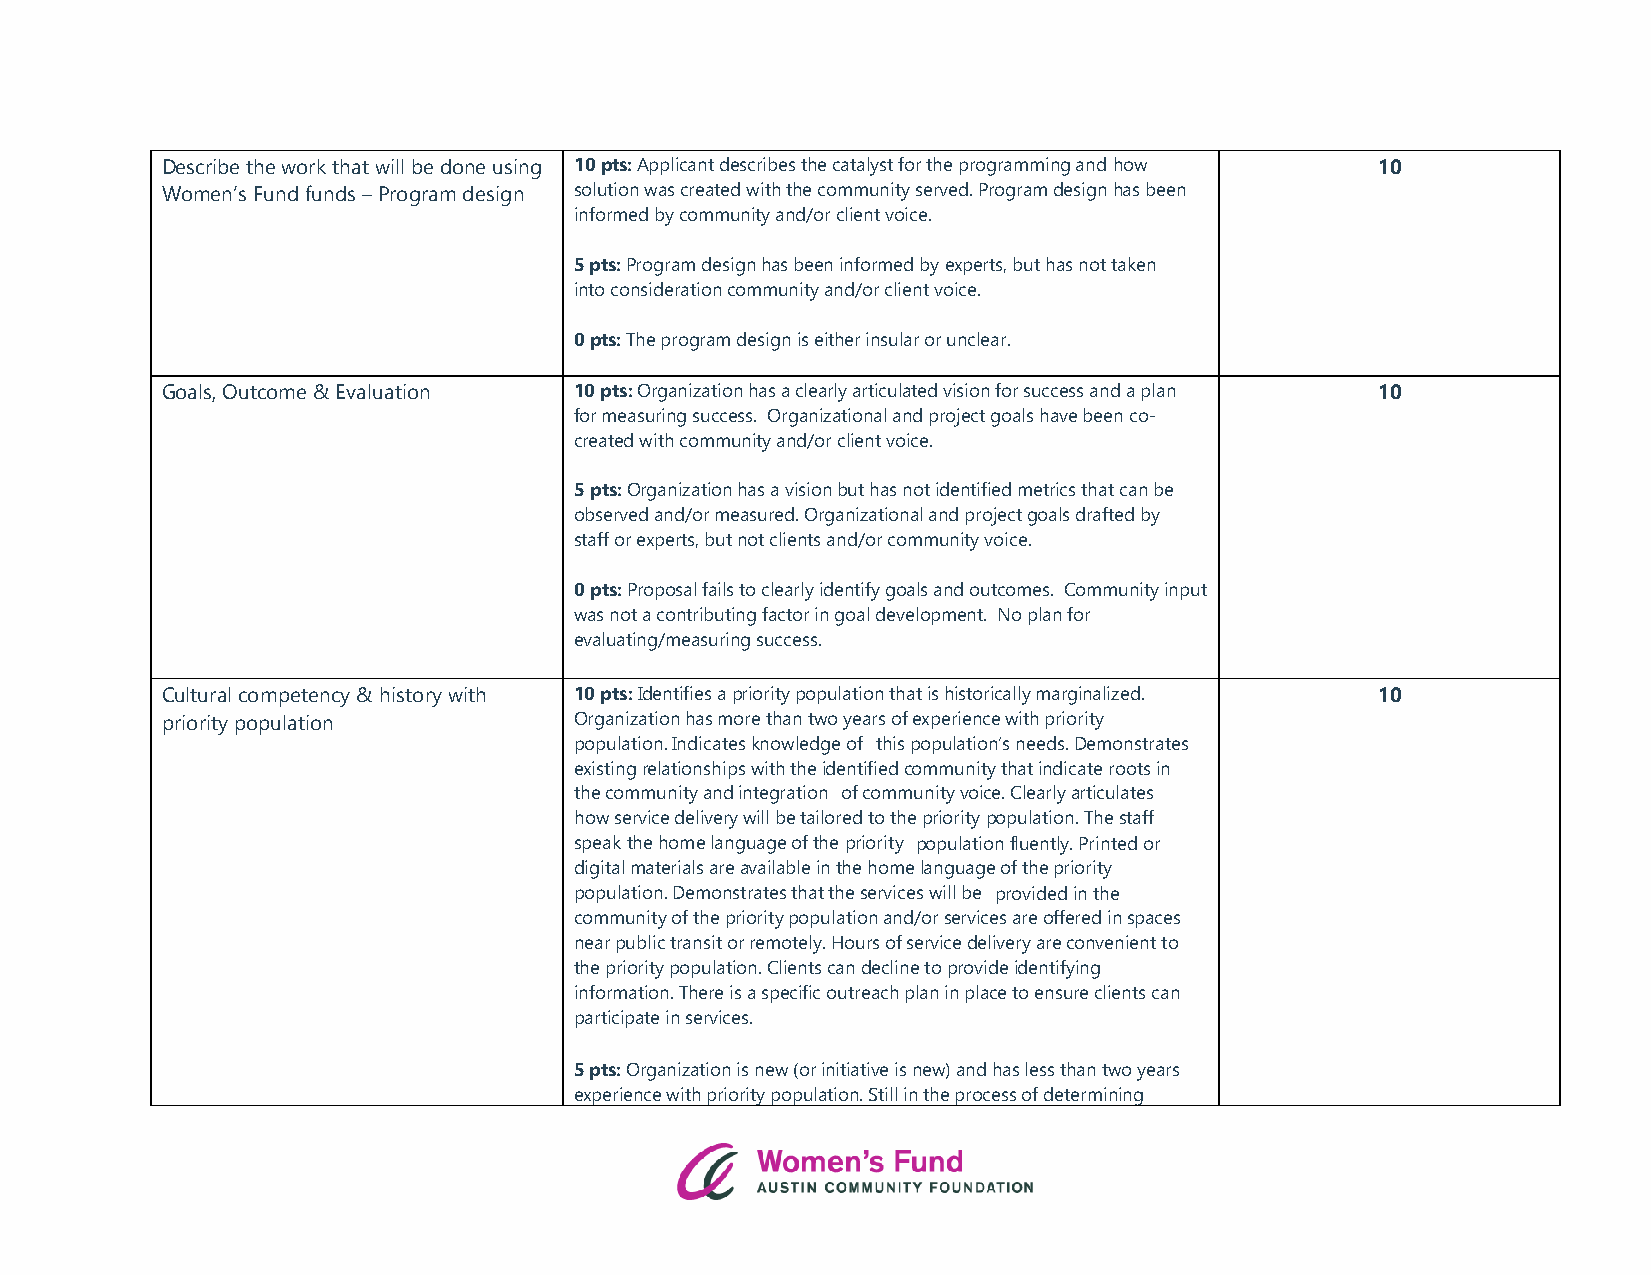
Describe the work that will be done using 10 pts: Applicant describes the catalyst for the programming and how 10
 Women’s Fund funds – Program design solution was created with the community served. Program design has been
 informed by community and/or client voice.
 5 pts: Program design has been informed by experts, but has not taken
 into consideration community and/or client voice.
 0 pts: The program design is either insular or unclear.
 Goals, Outcome & Evaluation 10 pts: Organization has a clearly articulated vision for success and a plan 10
 for measuring success. Organizational and project goals have been co-
 created with community and/or client voice.
 5 pts: Organization has a vision but has not identified metrics that can be
 observed and/or measured. Organizational and project goals drafted by
 staff or experts, but not clients and/or community voice.
 0 pts: Proposal fails to clearly identify goals and outcomes. Community input
 was not a contributing factor in goal development. No plan for
 evaluating/measuring success.
 Cultural competency & history with 10 pts: Identifies a priority population that is historically marginalized. 10
 priority population        Organization has more than two years of experience with priority
 population. Indicates knowledge of this population’s needs. Demonstrates
 existing relationships with the identified community that indicate roots in
 the community and integration of community voice. Clearly articulates
 how service delivery will be tailored to the priority population. The staff
 speak the home language of the priority population fluently. Printed or
 digital materials are available in the home language of the priority
 population. Demonstrates that the services will be provided in the
 community of the priority population and/or services are offered in spaces
 near public transit or remotely. Hours of service delivery are convenient to
 the priority population. Clients can decline to provide identifying
 information. There is a specific outreach plan in place to ensure clients can
 participate in services.
 5 pts: Organization is new (or initiative is new) and has less than two years
 experience with priority population. Still in the process of determining